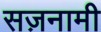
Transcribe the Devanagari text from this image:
सज़नामी